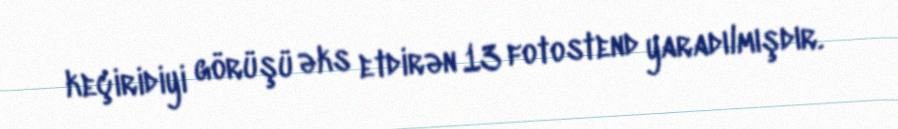
keçiridiyi görüşü əks etdirən 13 fotostend yaradılmışdır.